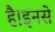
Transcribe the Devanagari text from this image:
है।इनसे